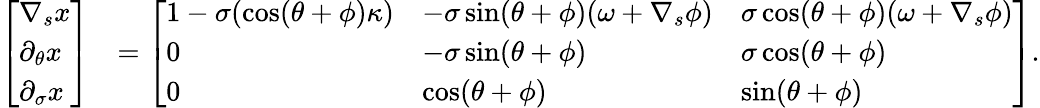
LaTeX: \begin{array}{rl}{\left[\begin{array}{l}{\nabla_{s}x}\\ {\partial_{\theta}x}\\ {\partial_{\sigma}x}\end{array}\right]}&{=\left[\begin{array}{lll}{1-\sigma(\cos(\theta+\phi)\kappa)}&{-\sigma\sin(\theta+\phi)(\omega+\nabla_{s}\phi)}&{\sigma\cos(\theta+\phi)(\omega+\nabla_{s}\phi)}\\ {0}&{-\sigma\sin(\theta+\phi)}&{\sigma\cos(\theta+\phi)}\\ {0}&{\cos(\theta+\phi)}&{\sin(\theta+\phi)}\end{array}\right].}\end{array}